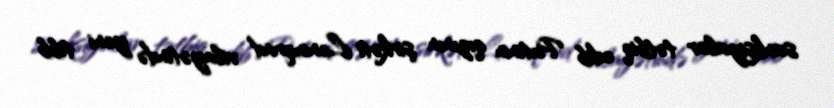
sanksiyalar tətbiq edib Putinin qızının şirkəti Leninqrad vilayətində yeni tibb